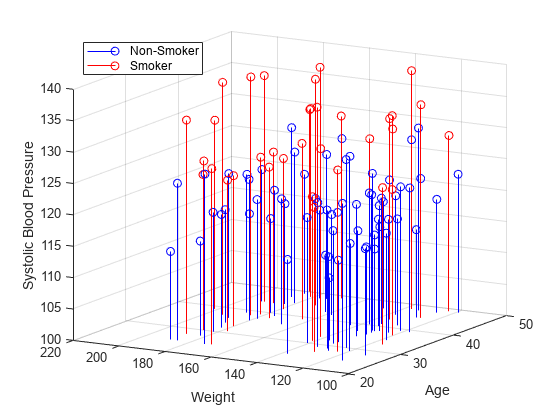
matlab, stem3